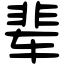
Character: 辈